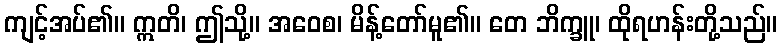
ကျင့်အပ်၏။ ဣတိ၊ ဤသို့။ အဝေစ၊ မိန့်တော်မူ၏။ တေ ဘိက္ခူ၊ ထိုရဟန်းတို့သည်။